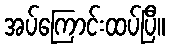
အပ်ကြောင်းထပ်ပြီ။